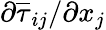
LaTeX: {\partial\overline{{\tau}}_{ij}}/{\partial x_{j}}